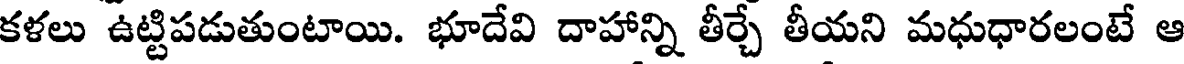
కళలు ఉట్టిపడుతుంటాయి. భూదేవి దాహాన్ని తీర్చే తీయని మధుధారలంటే ఆ